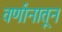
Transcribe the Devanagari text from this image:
वर्णानातून